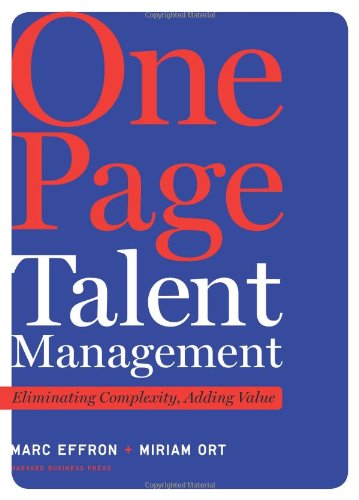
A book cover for One Page Talent Management: Eliminating Complexity, Adding Value; Marc Effron; Business & Money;